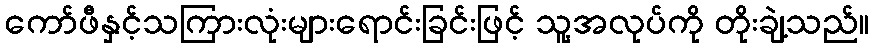
ကော်ဖီနှင့်သကြားလုံးများရောင်းခြင်းဖြင့် သူ့အလုပ်ကို တိုးချဲ့သည်။